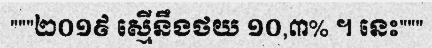
"""២០១៩ ស្មើនឹងថយ ១០,៣% ។ នេះ"""